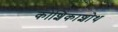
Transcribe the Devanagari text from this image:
कोशिकाशोथ